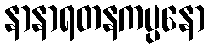
နာနာရတနကပ္ပနော